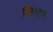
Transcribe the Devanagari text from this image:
प्लिंपटन